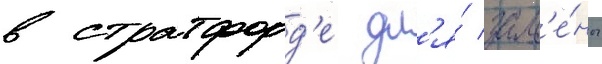
в стратфорд'е дл'я́ зам'е́ны